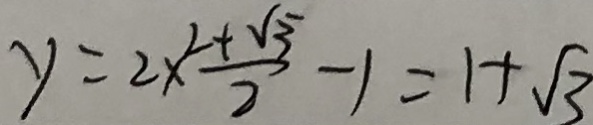
y = 2 x \frac { 2 + \sqrt { 3 } } { 2 } - 1 = 1 + \sqrt { 3 }